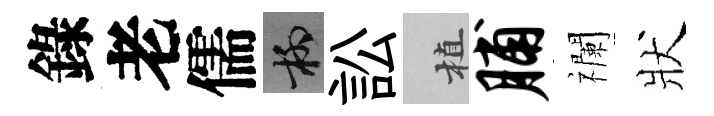
錄老儒柳訟植脯襴狀